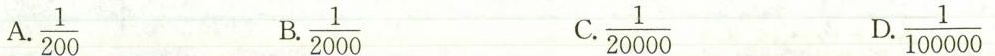
A $$\frac{1}{200}$$ B $$\frac{1}{2000}$$ C $$\frac{1}{20000}$$ D$$\frac{1}{100000}$$